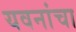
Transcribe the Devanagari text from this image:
यवनांचा